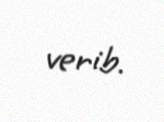
verib.